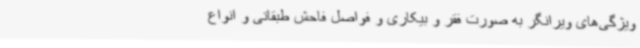
ویژگی‌های ویرانگر به صورت فقر و بیکاری و فواصل فاحش طبقاتی و انواع